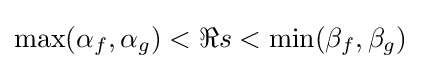
\max(\alpha _{f},\alpha _{g})<\Re s<\min(\beta _{f},\beta _{g})